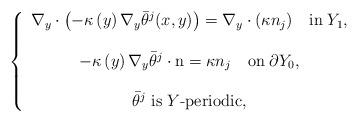
LaTeX: \begin{align*}\left\{ \begin{array}{c}\nabla_{y}\cdot\left(-\kappa\left(y\right)\nabla_{y}\bar{\theta}^{j}(x,y)\right)=\nabla_{y}\cdot(\kappa n_j)\quad\mbox{in}\;Y_{1},\\\\-\kappa\left(y\right)\nabla_{y}\bar{\theta}^{j}\cdot\mbox{n}=\kappa n_{j}\quad\mbox{on}\;\partial Y_{0},\\\\\bar{\theta}^{j}\;\mbox{is}\;Y\mbox{-periodic},\end{array}\right.\end{align*}